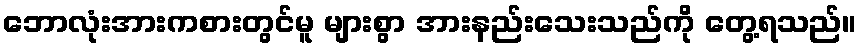
ဘောလုံးအားကစားတွင်မူ များစွာ အားနည်းသေးသည်ကို တွေ့ရသည်။